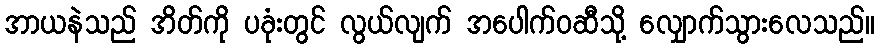
အာယနဲသည် အိတ်ကို ပခုံးတွင် လွယ်လျက် အပေါက်ဝဆီသို့ လျှောက်သွားလေသည်။